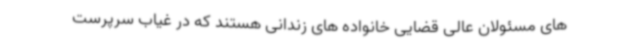
های مسئولان عالی قضایی خانواده های زندانی هستند که در غیاب سرپرست